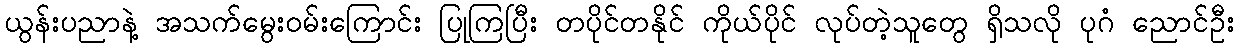
ယွန်းပညာနဲ့ အသက်မွေးဝမ်းကြောင်း ပြုကြပြီး တပိုင်တနိုင် ကိုယ်ပိုင် လုပ်တဲ့သူတွေ ရှိသလို ပုဂံ ညောင်ဦး